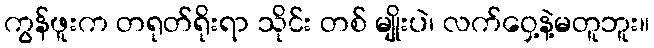
ကွန်ဖူးက တရုတ်ရိုးရာ သိုင်း တစ် မျိုးပဲ၊ လက်ဝှေ့နဲ့မတူဘူး။